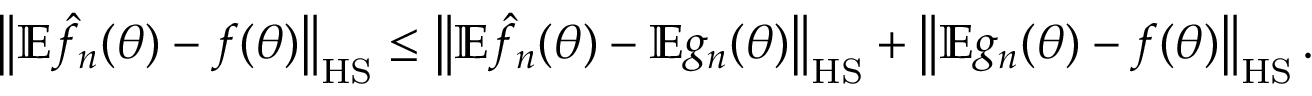
\begin{array} { r } { \left\Vert \mathbb { E } \hat { f } _ { n } ( \theta ) - f ( \theta ) \right\Vert _ { \mathrm { H S } } \leq \left\Vert \mathbb { E } \hat { f } _ { n } ( \theta ) - \mathbb { E } g _ { n } ( \theta ) \right\Vert _ { \mathrm { H S } } + \left\Vert \mathbb { E } g _ { n } ( \theta ) - f ( \theta ) \right\Vert _ { \mathrm { H S } } . } \end{array}